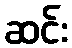
ဆင်း